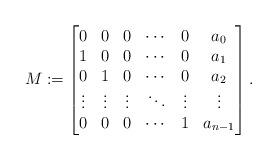
LaTeX: \begin{align*} M:=\begin{bmatrix}0&0&0&\cdots &0 &a_0\\1&0&0&\cdots &0 &a_1\\0&1&0&\cdots &0 &a_2\\\vdots & \vdots & \vdots & \ddots & \vdots& \vdots \\0&0&0&\cdots &1 &a_{n-1}\\ \end{bmatrix}.\end{align*}